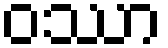
ဝဿာ